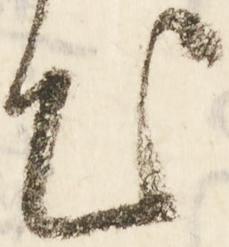
出